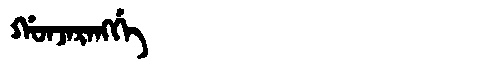
Manchu: ᡤᠣᠨᠵᠠᡵᠠᠩᡤᡝ
Romanization: GONJARANGGE